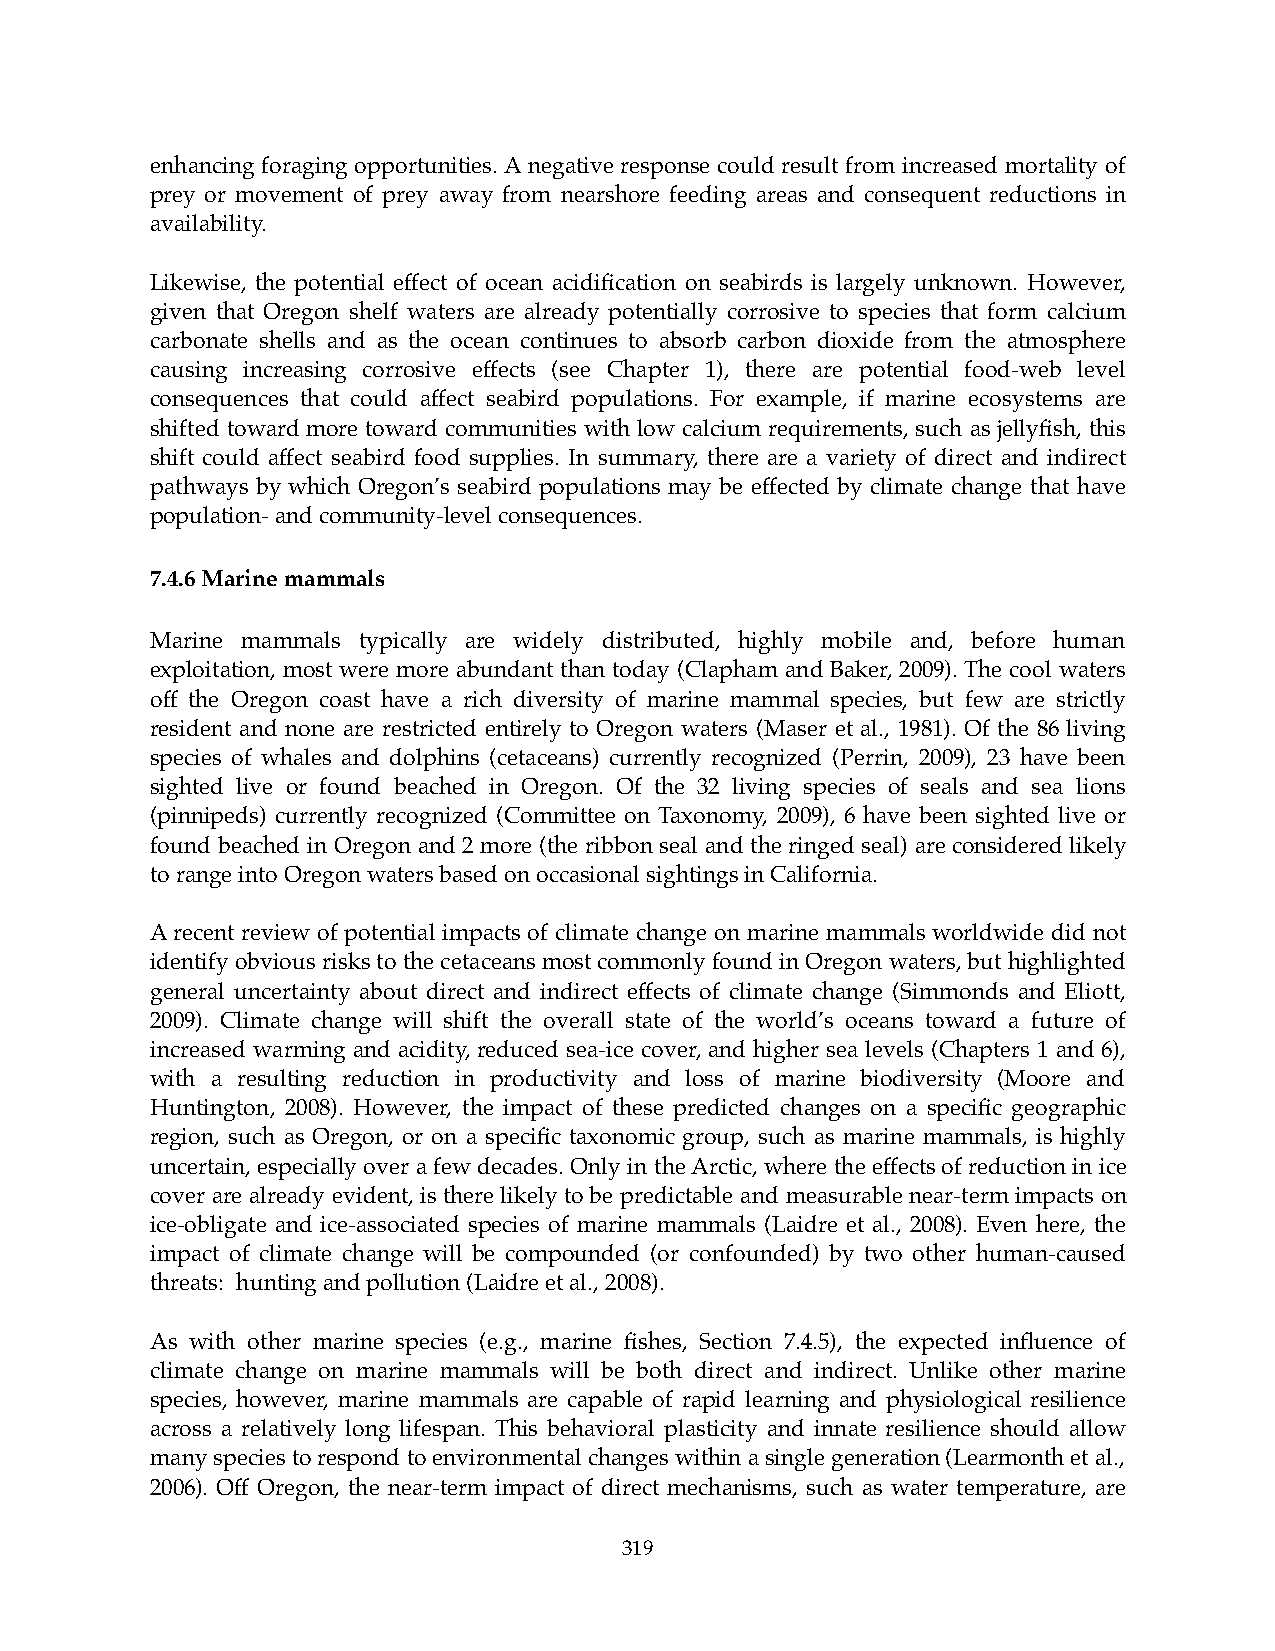
enhancing foraging opportunities. A negative response could result from increased mortality of
 prey or movement of prey away from nearshore feeding areas and consequent reductions in
 availability.
 Likewise, the potential effect of ocean acidification on seabirds is largely unknown. However,
 given that Oregon shelf waters are already potentially corrosive to species that form calcium
 carbonate shells and as the ocean continues to absorb carbon dioxide from the atmosphere
 causing increasing corrosive effects (see Chapter 1), there are potential food-web level
 consequences that could affect seabird populations. For example, if marine ecosystems are
 shifted toward more toward communities with low calcium requirements, such as jellyfish, this
 shift could affect seabird food supplies. In summary, there are a variety of direct and indirect
 pathways by which Oregon’s seabird populations may be effected by climate change that have
 population- and community-level consequences.
 7.4.6 Marine mammals
 Marine mammals typically are widely distributed, highly mobile and, before human
 exploitation, most were more abundant than today (Clapham and Baker, 2009). The cool waters
 off the Oregon coast have a rich diversity of marine mammal species, but few are strictly
 resident and none are restricted entirely to Oregon waters (Maser et al., 1981). Of the 86 living
 species of whales and dolphins (cetaceans) currently recognized (Perrin, 2009), 23 have been
 sighted live or found beached in Oregon. Of the 32 living species of seals and sea lions
 (pinnipeds) currently recognized (Committee on Taxonomy, 2009), 6 have been sighted live or
 found beached in Oregon and 2 more (the ribbon seal and the ringed seal) are considered likely
 to range into Oregon waters based on occasional sightings in California.
 A recent review of potential impacts of climate change on marine mammals worldwide did not
 identify obvious risks to the cetaceans most commonly found in Oregon waters, but highlighted
 general uncertainty about direct and indirect effects of climate change (Simmonds and Eliott,
 2009). Climate change will shift the overall state of the world’s oceans toward a future of
 increased warming and acidity, reduced sea-ice cover, and higher sea levels (Chapters 1 and 6),
 with a resulting reduction in productivity and loss of marine biodiversity (Moore and
 Huntington, 2008). However, the impact of these predicted changes on a specific geographic
 region, such as Oregon, or on a specific taxonomic group, such as marine mammals, is highly
 uncertain, especially over a few decades. Only in the Arctic, where the effects of reduction in ice
 cover are already evident, is there likely to be predictable and measurable near-term impacts on
 ice-obligate and ice-associated species of marine mammals (Laidre et al., 2008). Even here, the
 impact of climate change will be compounded (or confounded) by two other human-caused
 threats: hunting and pollution (Laidre et al., 2008).
 As with other marine species (e.g., marine fishes, Section 7.4.5), the expected influence of
 climate change on marine mammals will be both direct and indirect. Unlike other marine
 species, however, marine mammals are capable of rapid learning and physiological resilience
 across a relatively long lifespan. This behavioral plasticity and innate resilience should allow
 many species to respond to environmental changes within a single generation (Learmonth et al.,
 2006). Off Oregon, the near-term impact of direct mechanisms, such as water temperature, are
 319